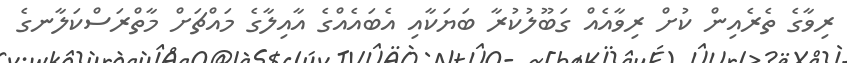
ރިވާގެ ތެރެއިން ކުށް ރިވާއެއް ގަބޫލުކުރާ ބަޔަކާއި އެބައެއްގެ އާއިލާގެ މައްޗަށް މާތްރަސްކަލާނގެ